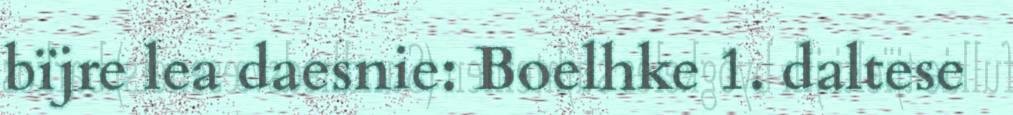
bïjre lea daesnie: Boelhke 1. daltese